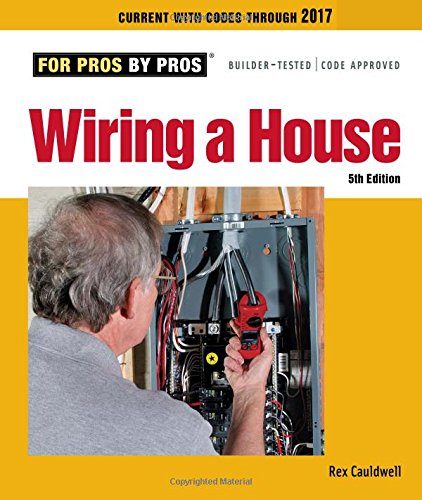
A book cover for Wiring a House: 5th Edition (For Pros By Pros); Rex Cauldwell; Engineering & Transportation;